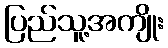
ပြည်သူ့အကျိုး